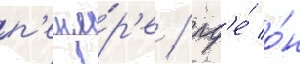
п'еще́р'е / гд'е́ о́н